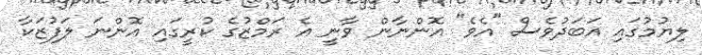
ލިޔުމުގައި އަބަދުވެސް "އެވެ" އޮންނާން ވާނީ އެ ރަމްޒުގެ ކުރީގައި އޮންނަ ލަފުޒަކާ